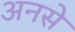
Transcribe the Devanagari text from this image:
अनसे